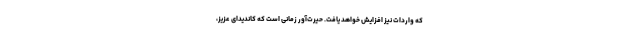
که واردات نیز افزایش خواهد یافت. حیرت‌آور زمانی است که کاندیدای عزیز،